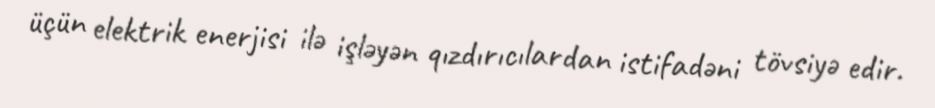
üçün elektrik enerjisi ilə işləyən qızdırıcılardan istifadəni tövsiyə edir.